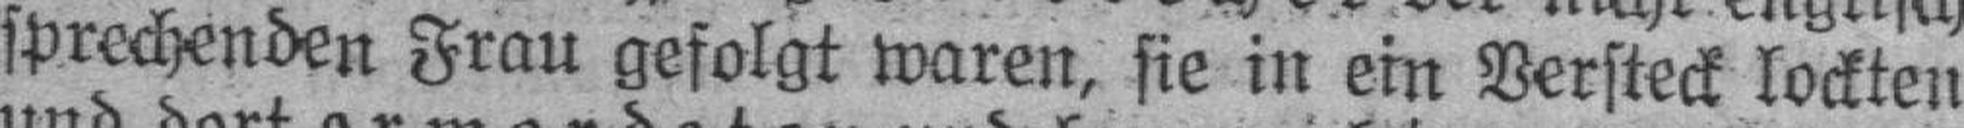
sprechenden Frau gefolgt waren, sie in ein Versteck lockten